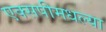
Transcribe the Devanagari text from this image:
एक्सपीमधल्या